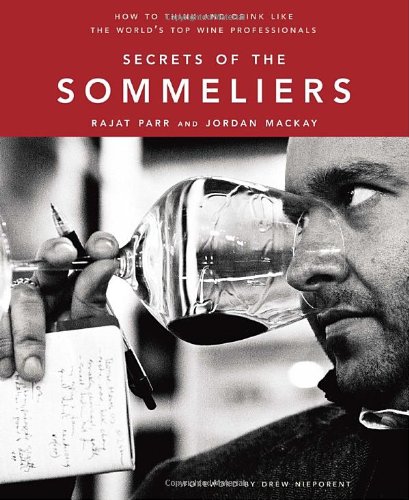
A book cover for Secrets of the Sommeliers: How to Think and Drink Like the World's Top Wine Professionals; Rajat Parr; Cookbooks, Food & Wine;